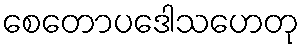
စေတောပဒေါသဟေတု